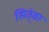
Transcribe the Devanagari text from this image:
सित्ंबर